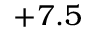
+ 7 . 5